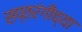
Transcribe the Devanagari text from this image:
सप्तरंगीच्या